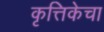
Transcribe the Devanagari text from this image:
कृत्तिकेचा